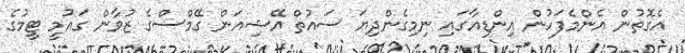
އެގޮތުން އެންމެފަހުން އިންޑިއާގައި ނިމިގެންދިޔަ ސައުތް އޭޝިއަން ގޭމްސްގެ ޒުވާން ގައުމީ ޓީމުގެ